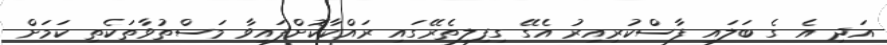
އަދި އެ ގެ ބަލައި ފާސްކުރިއިރު އެގޭ ގިފިލިތެރޭގައި ރައްކާކޮށްފައިވާ މަސްތުވާތަކެތި ކަމަށް